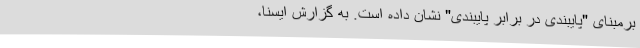
برمبنای "پایبندی در برابر پایبندی" نشان داده است. به گزارش ایسنا،